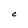
Character: C